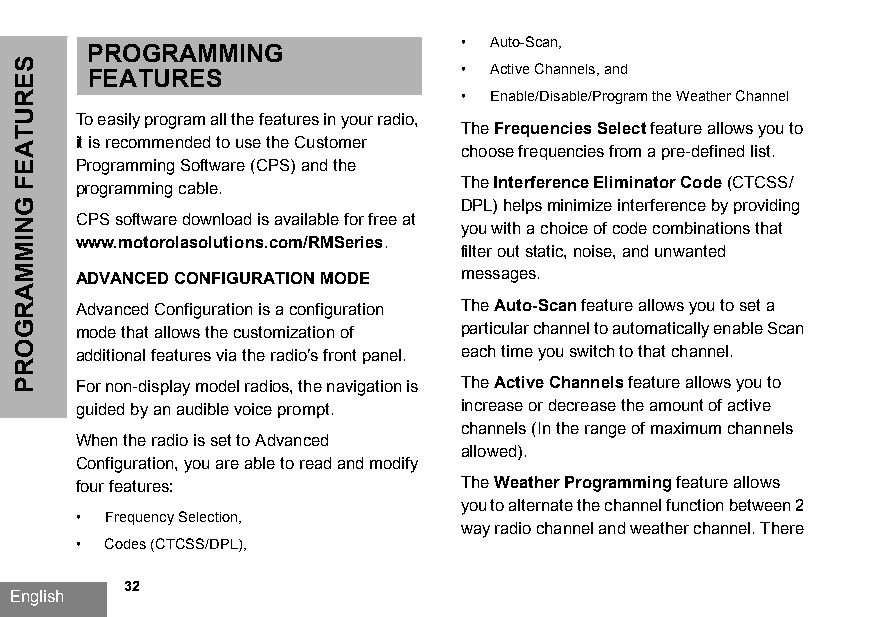
• Auto-Scan,
 PROGRAMMING
 FEATURES                 • Active Channels, and
 • Enable/Disable/Program the Weather Channel
 To easily program all the features in your radio,
 The Frequencies Select feature allows you to
 it is recommended to use the Customer
 choose frequencies from a pre-defined list.
 Programming Software (CPS) and the
 programming cable.        The Interference Eliminator Code (CTCSS/
 DPL) helps minimize interference by providing
 CPS software download is available for free at
 you with a choice of code combinations that
 www.motorolasolutions.com/RMSeries.
 filter out static, noise, and unwanted
 ADVANCED CONFIGURATION MODE messages.
 Advanced Configuration is a configuration The Auto-Scan feature allows you to set a
 mode that allows the customization of particular channel to automatically enable Scan
 additional features via the radio’s front panel. each time you switch to that channel.
 For non-display model radios, the navigation is The Active Channels feature allows you to
 guided by an audible voice prompt. increase or decrease the amount of active
 channels (In the range of maximum channels
 When the radio is set to Advanced
 allowed).
 Configuration, you are able to read and modify
 four features:            The Weather Programming feature allows
 you to alternate the channel function between 2
 • Frequency Selection,
 way radio channel and weather channel. There
 • Codes (CTCSS/DPL),
 32
 English
 SERUTAEF
 GNIMMARGORP